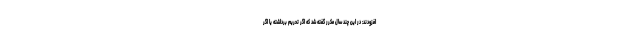
افزودند: در این چند سال مکرر گفته شد که اگر تحریم برداشته یا اگر